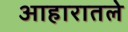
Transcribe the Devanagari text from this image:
आहारातले